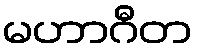
မဟာဂီတ